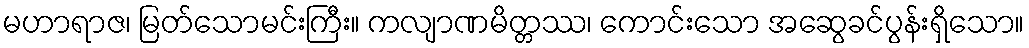
မဟာရာဇ၊ မြတ်သောမင်းကြီး။ ကလျာဏမိတ္တဿ၊ ကောင်းသော အဆွေခင်ပွန်းရှိသော။